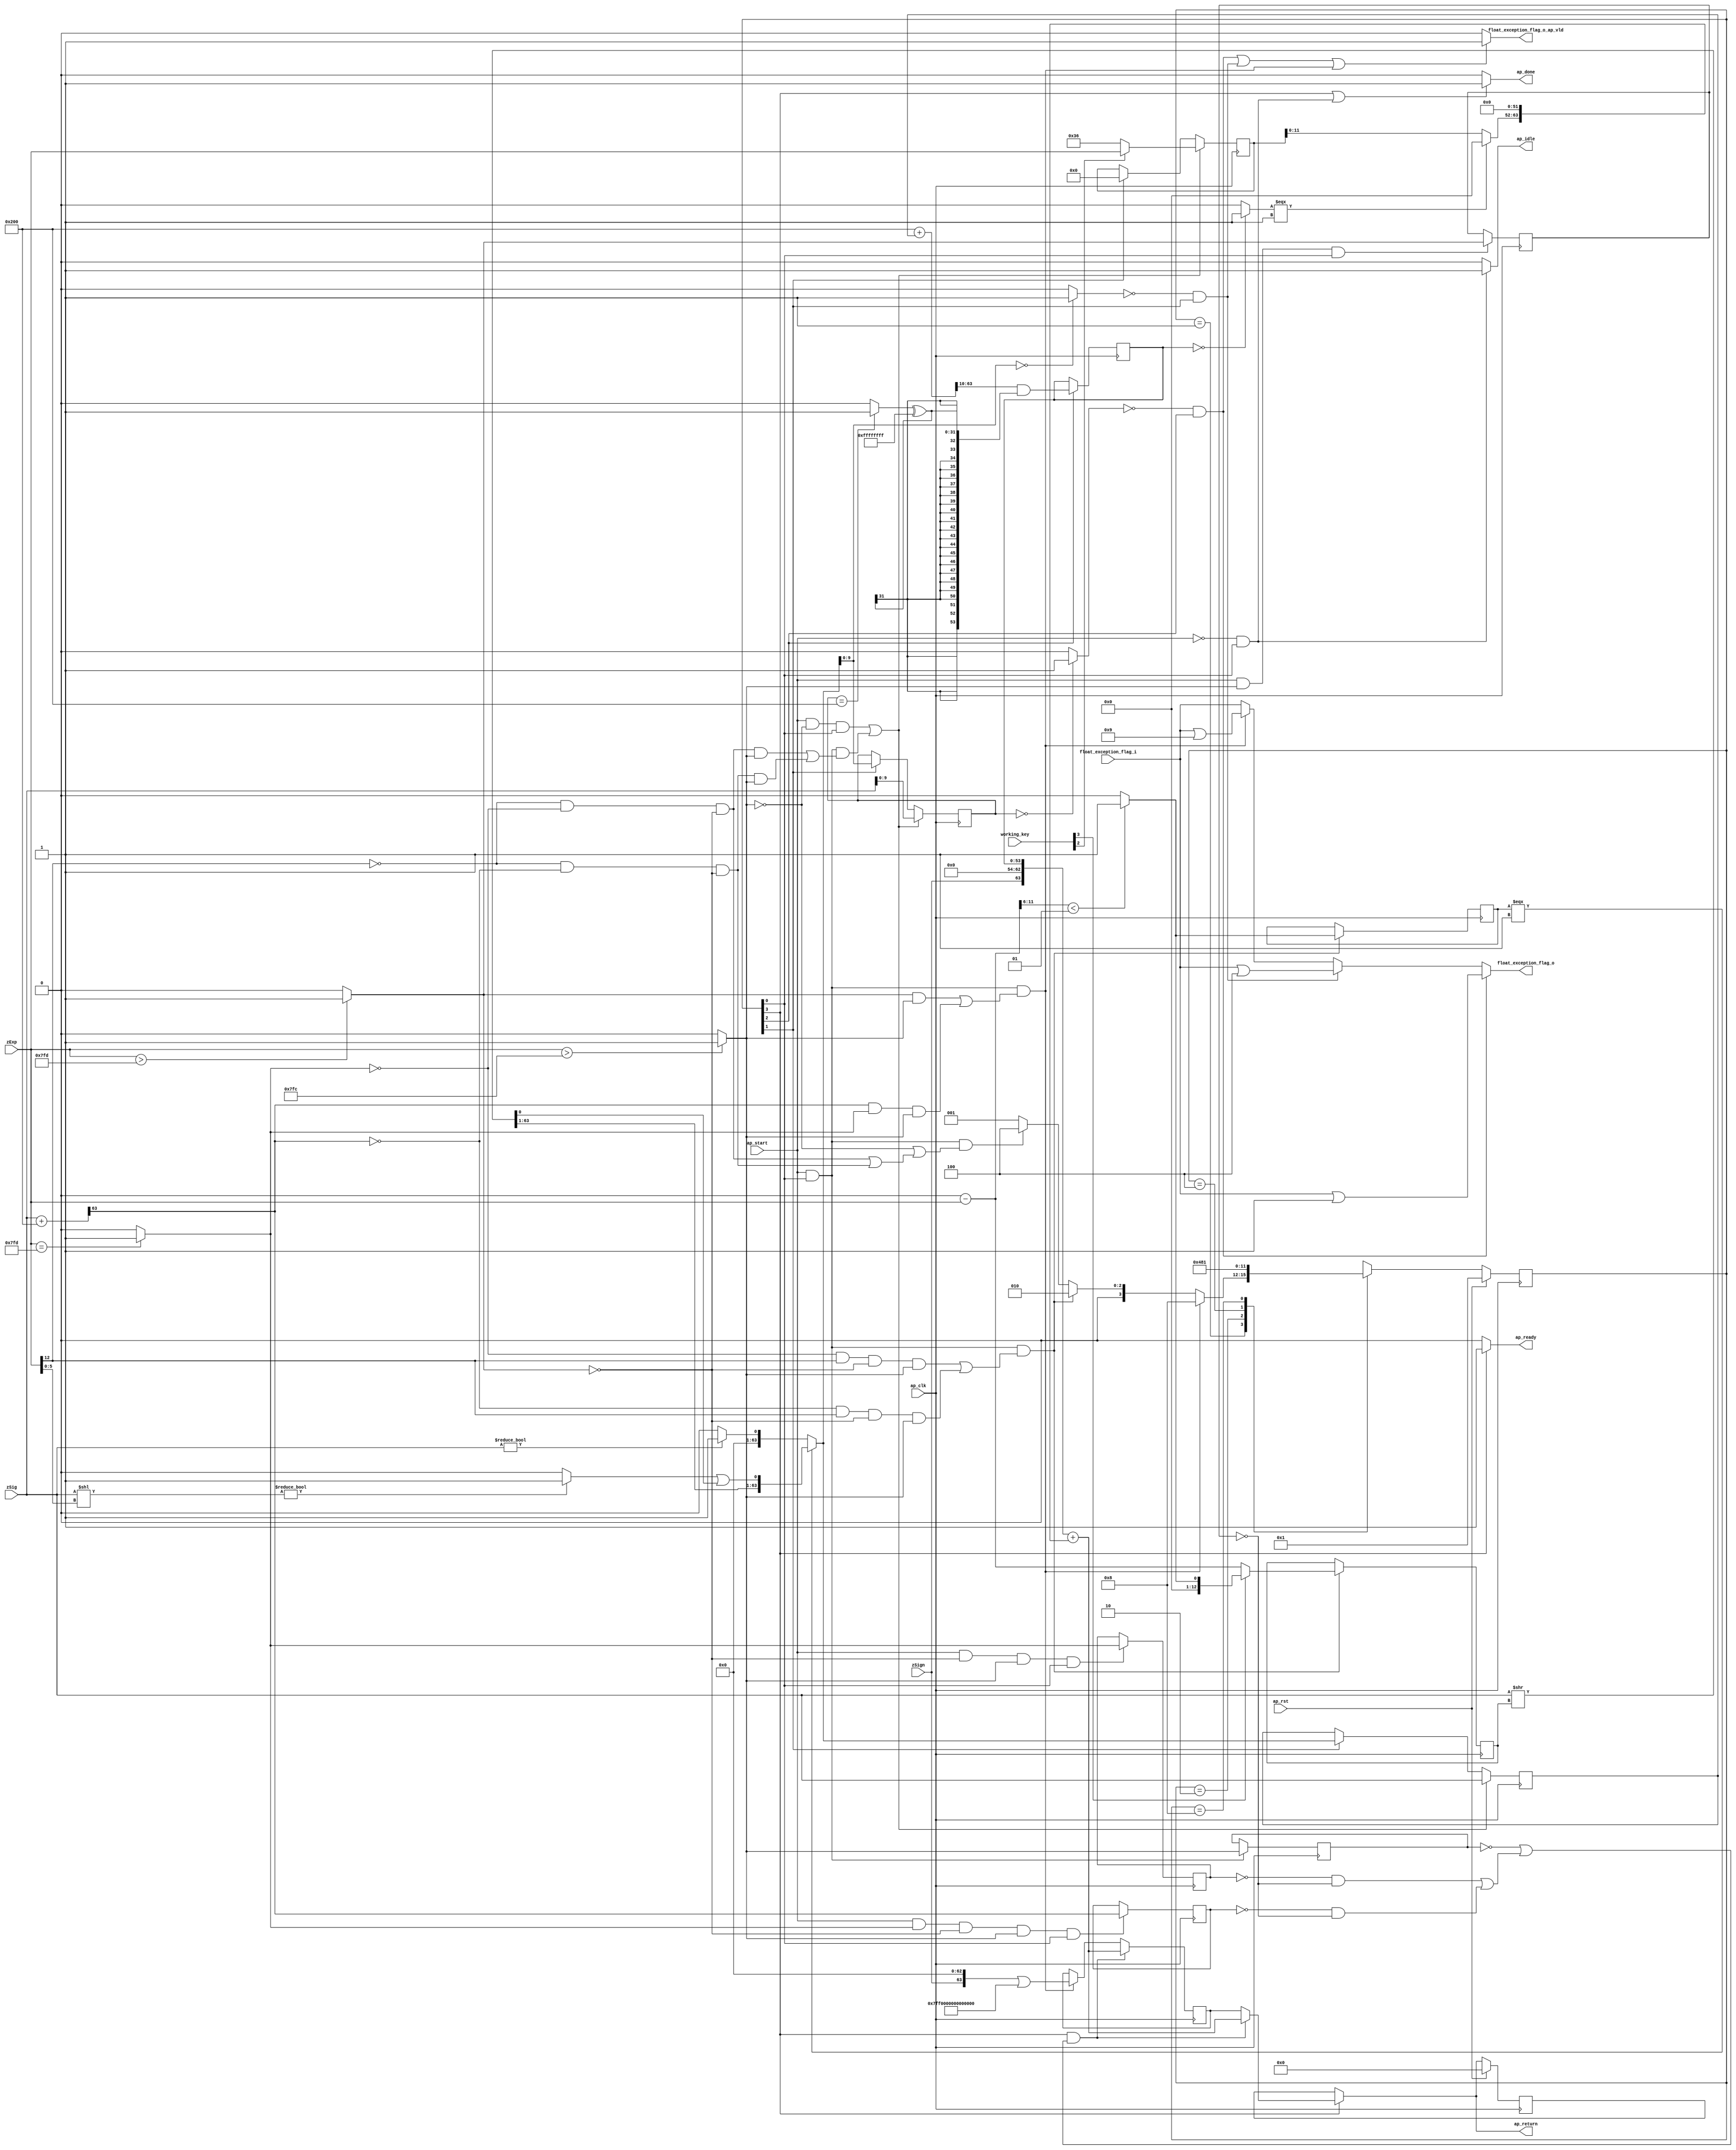
module roundAndPackFloat64 (
        ap_clk,
        ap_rst,
        ap_start,
        ap_done,
        ap_idle,
        ap_ready,
        zSign,
        zExp,
        zSig,
        float_exception_flag_i,
        float_exception_flag_o,
        float_exception_flag_o_ap_vld,
        ap_return,
        working_key
);

parameter    ap_ST_fsm_state1 = 4'd1;
parameter    ap_ST_fsm_state2 = 4'd2;
parameter    ap_ST_fsm_state3 = 4'd4;
parameter    ap_ST_fsm_state4 = 4'd8;

input [10:0] working_key;
input   ap_clk;
input   ap_rst;
input   ap_start;
output   ap_done;
output   ap_idle;
output   ap_ready;
input  [0:0] zSign;
input  [12:0] zExp;
input  [63:0] zSig;
input  [31:0] float_exception_flag_i;
output  [31:0] float_exception_flag_o;
output   float_exception_flag_o_ap_vld;
output  [63:0] ap_return;

reg ap_done;
reg ap_idle;
reg ap_ready;
reg[31:0] float_exception_flag_o;
reg float_exception_flag_o_ap_vld;
reg[63:0] ap_return;

(* fsm_encoding = "none" *) reg   [3:0] ap_CS_fsm;
wire    ap_CS_fsm_state1;
wire   [9:0] roundBits_fu_145_p1;
wire   [0:0] tmp_s_fu_149_p2;
reg   [0:0] tmp_s_reg_456;
wire   [0:0] tmp_1_fu_155_p2;
reg   [0:0] tmp_1_reg_460;
wire   [0:0] tmp_2_fu_161_p2;
reg   [0:0] tmp_2_reg_464;
wire   [0:0] tmp_fu_173_p3;
reg   [0:0] tmp_reg_468;
wire   [12:0] count_assign_fu_189_p2;
reg   [12:0] count_assign_reg_475;
wire   [0:0] tmp_6_fu_181_p3;
wire   [0:0] icmp_fu_205_p2;
reg   [0:0] icmp_reg_480;
wire   [63:0] tmp_34_i9_fu_231_p2;
wire   [63:0] z_2_fu_300_p3;
wire    ap_CS_fsm_state2;
wire   [9:0] roundBits_2_fu_307_p1;
wire   [53:0] zSig_assign_2_fu_383_p2;
reg   [53:0] zSig_assign_2_reg_506;
wire    ap_CS_fsm_state3;
reg   [63:0] zSig_assign1_reg_96;
reg   [12:0] zExp_assign_1_reg_107;
reg   [9:0] roundBits_1_reg_121;
reg   [63:0] ap_phi_mux_p_0_phi_fu_135_p4;
reg   [63:0] p_0_reg_132;
wire   [63:0] tmp_34_i8_fu_422_p2;
wire    ap_CS_fsm_state4;
wire   [0:0] tmp_3_fu_311_p2;
wire   [0:0] tmp_5_fu_329_p2;
wire   [31:0] float_exception_flag_2_fu_211_p2;
wire   [31:0] float_exception_flag_4_fu_317_p2;
wire   [31:0] tmp_8_fu_335_p2;
wire   [63:0] tmp_4_fu_167_p2;
wire   [5:0] tmp_7_fu_195_p4;
wire   [63:0] tmp_i_fu_223_p3;
wire   [63:0] tmp_6_i_fu_237_p1;
wire   [5:0] tmp_15_fu_245_p1;
wire   [63:0] tmp_i3_fu_248_p1;
wire   [63:0] tmp_1_i_fu_252_p2;
wire   [63:0] tmp_7_i_fu_240_p2;
wire   [0:0] tmp_16_fu_263_p1;
wire   [0:0] tmp_2_i_fu_257_p2;
wire   [62:0] tmp_11_i_fu_273_p4;
wire   [0:0] tmp_10_i_fu_267_p2;
wire   [0:0] tmp_4_i_fu_291_p2;
wire   [63:0] z_fu_283_p3;
wire   [63:0] z_1_fu_296_p1;
wire   [63:0] tmp_9_fu_347_p2;
wire   [0:0] tmp_10_fu_363_p2;
wire   [31:0] tmp_11_fu_369_p1;
wire   [31:0] tmp_12_fu_373_p2;
wire   [53:0] zSig_assign_1_cast_fu_353_p4;
wire  signed [53:0] tmp_17_cast_fu_379_p1;
wire   [0:0] tmp_13_fu_389_p2;
wire   [11:0] tmp_18_fu_394_p1;
wire   [11:0] tmp_14_fu_398_p3;
wire   [63:0] tmp_33_i_fu_414_p4;
wire   [63:0] tmp_32_i_fu_406_p3;
reg   [63:0] ap_return_preg;
reg   [3:0] ap_NS_fsm;

// power-on initialization
initial begin
#0 ap_CS_fsm = 4'd1;
#0 ap_return_preg = 64'd0;
end

always @ (posedge ap_clk) begin
    if (ap_rst == 1'b1) begin
        ap_CS_fsm <= ap_ST_fsm_state1;
    end else begin
        ap_CS_fsm <= ap_NS_fsm;
    end
end

always @ (posedge ap_clk) begin
    if (ap_rst == 1'b1) begin
        ap_return_preg <= 64'd0;
    end else begin
        if ((1'b1 == ap_CS_fsm_state4)) begin
            ap_return_preg <= ap_phi_mux_p_0_phi_fu_135_p4;
        end
    end
end

always @ (posedge ap_clk) begin
    if (((1'b1 == ap_CS_fsm_state4) & ((tmp_s_reg_456 == 1'd0) | (((tmp_2_reg_464 == 1'd0) & (tmp_1_reg_460 == 1'd0)) | ((tmp_reg_468 == 1'd0) & (tmp_1_reg_460 == 1'd0)))))) begin
        p_0_reg_132 <= tmp_34_i8_fu_422_p2;
    end else if (((ap_start == 1'b1) & (1'b1 == ap_CS_fsm_state1) & (((tmp_1_fu_155_p2 == 1'd1) & (tmp_s_fu_149_p2 == 1'd1)) | ((tmp_fu_173_p3 == 1'd1) & (tmp_2_fu_161_p2 == 1'd1) & (tmp_s_fu_149_p2 == 1'd1))))) begin
        p_0_reg_132 <= tmp_34_i9_fu_231_p2;
    end
end

always @ (posedge ap_clk) begin
    if ((((ap_start == 1'b1) & (tmp_s_fu_149_p2 == 1'd0) & (1'b1 == ap_CS_fsm_state1)) | ((ap_start == 1'b1) & (1'b1 == ap_CS_fsm_state1) & (((tmp_6_fu_181_p3 == 1'd0) & (tmp_2_fu_161_p2 == 1'd0) & (tmp_1_fu_155_p2 == 1'd0) & (tmp_s_fu_149_p2 == 1'd1)) | ((tmp_6_fu_181_p3 == 1'd0) & (tmp_fu_173_p3 == 1'd0) & (tmp_1_fu_155_p2 == 1'd0) & (tmp_s_fu_149_p2 == 1'd1)))))) begin
        roundBits_1_reg_121 <= roundBits_fu_145_p1;
    end else if ((1'b1 == ap_CS_fsm_state2)) begin
        roundBits_1_reg_121 <= roundBits_2_fu_307_p1;
    end
end

always @ (posedge ap_clk) begin
    if ((((ap_start == 1'b1) & (tmp_s_fu_149_p2 == 1'd0) & (1'b1 == ap_CS_fsm_state1)) | ((ap_start == 1'b1) & (1'b1 == ap_CS_fsm_state1) & (((tmp_6_fu_181_p3 == 1'd0) & (tmp_2_fu_161_p2 == 1'd0) & (tmp_1_fu_155_p2 == 1'd0) & (tmp_s_fu_149_p2 == 1'd1)) | ((tmp_6_fu_181_p3 == 1'd0) & (tmp_fu_173_p3 == 1'd0) & (tmp_1_fu_155_p2 == 1'd0) & (tmp_s_fu_149_p2 == 1'd1)))))) begin
       if(working_key[2] == 1'b01) begin
        zExp_assign_1_reg_107 <= zExp;
       end
       else begin
         zExp_assign_1_reg_107 = 13'd54;
       end 
    end else if ((1'b1 == ap_CS_fsm_state2)) begin
        zExp_assign_1_reg_107 <= 13'd0;
    end
end

always @ (posedge ap_clk) begin
    if ((((ap_start == 1'b1) & (tmp_s_fu_149_p2 == 1'd0) & (1'b1 == ap_CS_fsm_state1)) | ((ap_start == 1'b1) & (1'b1 == ap_CS_fsm_state1) & (((tmp_6_fu_181_p3 == 1'd0) & (tmp_2_fu_161_p2 == 1'd0) & (tmp_1_fu_155_p2 == 1'd0) & (tmp_s_fu_149_p2 == 1'd1)) | ((tmp_6_fu_181_p3 == 1'd0) & (tmp_fu_173_p3 == 1'd0) & (tmp_1_fu_155_p2 == 1'd0) & (tmp_s_fu_149_p2 == 1'd1)))))) begin
        zSig_assign1_reg_96 <= zSig;
    end else if ((1'b1 == ap_CS_fsm_state2)) begin
        zSig_assign1_reg_96 <= z_2_fu_300_p3;
    end
end

always @ (posedge ap_clk) begin
    if (((ap_start == 1'b1) & (1'b1 == ap_CS_fsm_state1) & (((tmp_2_fu_161_p2 == 1'd0) & (tmp_6_fu_181_p3 == 1'd1) & (tmp_1_fu_155_p2 == 1'd0) & (tmp_s_fu_149_p2 == 1'd1)) | ((tmp_fu_173_p3 == 1'd0) & (tmp_6_fu_181_p3 == 1'd1) & (tmp_1_fu_155_p2 == 1'd0) & (tmp_s_fu_149_p2 == 1'd1))))) begin
       if(working_key[3] == 1'b0) begin 
         count_assign_reg_475 <= count_assign_fu_189_p2;
       end
       else begin
         count_assign_reg_475 <= icmp_fu_205_p2;
       end  
        icmp_reg_480 <= icmp_fu_205_p2;
    end
end

always @ (posedge ap_clk) begin
    if (((ap_start == 1'b1) & (tmp_s_fu_149_p2 == 1'd1) & (1'b1 == ap_CS_fsm_state1))) begin
        tmp_1_reg_460 <= tmp_1_fu_155_p2;
    end
end

always @ (posedge ap_clk) begin
    if (((ap_start == 1'b1) & (tmp_1_fu_155_p2 == 1'd0) & (tmp_s_fu_149_p2 == 1'd1) & (1'b1 == ap_CS_fsm_state1))) begin
        tmp_2_reg_464 <= tmp_2_fu_161_p2;
    end
end

always @ (posedge ap_clk) begin
    if (((ap_start == 1'b1) & (tmp_2_fu_161_p2 == 1'd1) & (tmp_1_fu_155_p2 == 1'd0) & (tmp_s_fu_149_p2 == 1'd1) & (1'b1 == ap_CS_fsm_state1))) begin
        tmp_reg_468 <= tmp_4_fu_167_p2[32'd63];
    end
end

always @ (posedge ap_clk) begin
    if (((ap_start == 1'b1) & (1'b1 == ap_CS_fsm_state1))) begin
        tmp_s_reg_456 <= tmp_s_fu_149_p2;
    end
end

always @ (posedge ap_clk) begin
    if ((1'b1 == ap_CS_fsm_state3)) begin
        zSig_assign_2_reg_506 <= zSig_assign_2_fu_383_p2;
    end
end

always @ (*) begin
    if (((1'b1 == ap_CS_fsm_state4) | ((ap_start == 1'b0) & (1'b1 == ap_CS_fsm_state1)))) begin
        ap_done = 1'b1;
    end else begin
        ap_done = 1'b0;
    end
end

always @ (*) begin
    if (((ap_start == 1'b0) & (1'b1 == ap_CS_fsm_state1))) begin
        ap_idle = 1'b1;
    end else begin
        ap_idle = 1'b0;
    end
end

always @ (*) begin
    if (((1'b1 == ap_CS_fsm_state4) & ((tmp_s_reg_456 == 1'd0) | (((tmp_2_reg_464 == 1'd0) & (tmp_1_reg_460 == 1'd0)) | ((tmp_reg_468 == 1'd0) & (tmp_1_reg_460 == 1'd0)))))) begin
        ap_phi_mux_p_0_phi_fu_135_p4 = tmp_34_i8_fu_422_p2;
    end else begin
        ap_phi_mux_p_0_phi_fu_135_p4 = p_0_reg_132;
    end
end

always @ (*) begin
    if ((1'b1 == ap_CS_fsm_state4)) begin
        ap_ready = 1'b1;
    end else begin
        ap_ready = 1'b0;
    end
end

always @ (*) begin
    if ((1'b1 == ap_CS_fsm_state4)) begin
        ap_return = ap_phi_mux_p_0_phi_fu_135_p4;
    end else begin
        ap_return = ap_return_preg;
    end
end

always @ (*) begin
    if (((tmp_5_fu_329_p2 == 1'd0) & (1'b1 == ap_CS_fsm_state3))) begin
        float_exception_flag_o = tmp_8_fu_335_p2;
    end else if (((tmp_3_fu_311_p2 == 1'd0) & (1'b1 == ap_CS_fsm_state2))) begin
        float_exception_flag_o = float_exception_flag_4_fu_317_p2;
    end else if (((ap_start == 1'b1) & (1'b1 == ap_CS_fsm_state1) & (((tmp_1_fu_155_p2 == 1'd1) & (tmp_s_fu_149_p2 == 1'd1)) | ((tmp_fu_173_p3 == 1'd1) & (tmp_2_fu_161_p2 == 1'd1) & (tmp_s_fu_149_p2 == 1'd1))))) begin
        float_exception_flag_o = float_exception_flag_2_fu_211_p2;
    end else begin
        float_exception_flag_o = float_exception_flag_i;
    end
end

always @ (*) begin
    if ((((tmp_5_fu_329_p2 == 1'd0) & (1'b1 == ap_CS_fsm_state3)) | ((tmp_3_fu_311_p2 == 1'd0) & (1'b1 == ap_CS_fsm_state2)) | ((ap_start == 1'b1) & (1'b1 == ap_CS_fsm_state1) & (((tmp_1_fu_155_p2 == 1'd1) & (tmp_s_fu_149_p2 == 1'd1)) | ((tmp_fu_173_p3 == 1'd1) & (tmp_2_fu_161_p2 == 1'd1) & (tmp_s_fu_149_p2 == 1'd1)))))) begin
        float_exception_flag_o_ap_vld = 1'b1;
    end else begin
        float_exception_flag_o_ap_vld = 1'b0;
    end
end

always @ (*) begin
    case (ap_CS_fsm)
        ap_ST_fsm_state1 : begin
            if (((ap_start == 1'b1) & (1'b1 == ap_CS_fsm_state1) & (((tmp_1_fu_155_p2 == 1'd1) & (tmp_s_fu_149_p2 == 1'd1)) | ((tmp_fu_173_p3 == 1'd1) & (tmp_2_fu_161_p2 == 1'd1) & (tmp_s_fu_149_p2 == 1'd1))))) begin
                ap_NS_fsm = ap_ST_fsm_state4;
            end else if (((ap_start == 1'b1) & (1'b1 == ap_CS_fsm_state1) & (((tmp_2_fu_161_p2 == 1'd0) & (tmp_6_fu_181_p3 == 1'd1) & (tmp_1_fu_155_p2 == 1'd0) & (tmp_s_fu_149_p2 == 1'd1)) | ((tmp_fu_173_p3 == 1'd0) & (tmp_6_fu_181_p3 == 1'd1) & (tmp_1_fu_155_p2 == 1'd0) & (tmp_s_fu_149_p2 == 1'd1))))) begin
                ap_NS_fsm = ap_ST_fsm_state2;
            end else if (((ap_start == 1'b1) & (1'b1 == ap_CS_fsm_state1) & ((tmp_s_fu_149_p2 == 1'd0) | (((tmp_6_fu_181_p3 == 1'd0) & (tmp_2_fu_161_p2 == 1'd0) & (tmp_1_fu_155_p2 == 1'd0)) | ((tmp_6_fu_181_p3 == 1'd0) & (tmp_fu_173_p3 == 1'd0) & (tmp_1_fu_155_p2 == 1'd0)))))) begin
                ap_NS_fsm = ap_ST_fsm_state3;
            end else begin
                ap_NS_fsm = ap_ST_fsm_state1;
            end
        end
        ap_ST_fsm_state2 : begin
            ap_NS_fsm = ap_ST_fsm_state3;
        end
        ap_ST_fsm_state3 : begin
            ap_NS_fsm = ap_ST_fsm_state4;
        end
        ap_ST_fsm_state4 : begin
            ap_NS_fsm = ap_ST_fsm_state1;
        end
        default : begin
            ap_NS_fsm = 'bx;
        end
    endcase
end

assign ap_CS_fsm_state1 = ap_CS_fsm[32'd0];

assign ap_CS_fsm_state2 = ap_CS_fsm[32'd1];

assign ap_CS_fsm_state3 = ap_CS_fsm[32'd2];

assign ap_CS_fsm_state4 = ap_CS_fsm[32'd3];

assign count_assign_fu_189_p2 = (13'd0 - zExp);

assign float_exception_flag_2_fu_211_p2 = (float_exception_flag_i | 32'd9);

assign float_exception_flag_4_fu_317_p2 = (float_exception_flag_i | 32'd4);

assign icmp_fu_205_p2 = (($signed(tmp_7_fu_195_p4) < $signed(6'd1)) ? 1'b1 : 1'b0);

assign roundBits_2_fu_307_p1 = z_2_fu_300_p3[9:0];

assign roundBits_fu_145_p1 = zSig[9:0];

assign tmp_10_fu_363_p2 = ((roundBits_1_reg_121 == 10'd512) ? 1'b1 : 1'b0);

assign tmp_10_i_fu_267_p2 = (tmp_2_i_fu_257_p2 | tmp_16_fu_263_p1);

assign tmp_11_fu_369_p1 = tmp_10_fu_363_p2;

assign tmp_11_i_fu_273_p4 = {{tmp_7_i_fu_240_p2[63:1]}};

assign tmp_12_fu_373_p2 = (tmp_11_fu_369_p1 ^ 32'd4294967295);

assign tmp_13_fu_389_p2 = ((zSig_assign_2_reg_506 == 54'd0) ? 1'b1 : 1'b0);

assign tmp_14_fu_398_p3 = ((tmp_13_fu_389_p2[0:0] === 1'b1) ? 12'd0 : tmp_18_fu_394_p1);

assign tmp_15_fu_245_p1 = zExp[5:0];

assign tmp_16_fu_263_p1 = tmp_7_i_fu_240_p2[0:0];

assign tmp_17_cast_fu_379_p1 = $signed(tmp_12_fu_373_p2);

assign tmp_18_fu_394_p1 = zExp_assign_1_reg_107[11:0];

assign tmp_1_fu_155_p2 = (($signed(zExp) > $signed(13'd2045)) ? 1'b1 : 1'b0);

assign tmp_1_i_fu_252_p2 = zSig << tmp_i3_fu_248_p1;

assign tmp_2_fu_161_p2 = ((zExp == 13'd2045) ? 1'b1 : 1'b0);

assign tmp_2_i_fu_257_p2 = ((tmp_1_i_fu_252_p2 != 64'd0) ? 1'b1 : 1'b0);

assign tmp_32_i_fu_406_p3 = {{tmp_14_fu_398_p3}, {52'd0}};

assign tmp_33_i_fu_414_p4 = {{{zSign}, {9'd0}}, {zSig_assign_2_reg_506}};

assign tmp_34_i8_fu_422_p2 = (tmp_33_i_fu_414_p4 + tmp_32_i_fu_406_p3);

assign tmp_34_i9_fu_231_p2 = (tmp_i_fu_223_p3 | 64'd9218868437227405312);

assign tmp_3_fu_311_p2 = ((roundBits_2_fu_307_p1 == 10'd0) ? 1'b1 : 1'b0);

assign tmp_4_fu_167_p2 = (zSig + 64'd512);

assign tmp_4_i_fu_291_p2 = ((zSig != 64'd0) ? 1'b1 : 1'b0);

assign tmp_5_fu_329_p2 = ((roundBits_1_reg_121 == 10'd0) ? 1'b1 : 1'b0);

assign tmp_6_fu_181_p3 = zExp[32'd12];

assign tmp_6_i_fu_237_p1 = count_assign_reg_475;

assign tmp_7_fu_195_p4 = {{count_assign_fu_189_p2[11:6]}};

assign tmp_7_i_fu_240_p2 = zSig >> tmp_6_i_fu_237_p1;

assign tmp_8_fu_335_p2 = (float_exception_flag_i | 32'd1);

assign tmp_9_fu_347_p2 = (64'd512 + zSig_assign1_reg_96);

assign tmp_fu_173_p3 = tmp_4_fu_167_p2[32'd63];

assign tmp_i3_fu_248_p1 = tmp_15_fu_245_p1;

assign tmp_i_fu_223_p3 = {{zSign}, {63'd0}};

assign tmp_s_fu_149_p2 = ((zExp > 13'd2044) ? 1'b1 : 1'b0);

assign zSig_assign_1_cast_fu_353_p4 = {{tmp_9_fu_347_p2[63:10]}};

assign zSig_assign_2_fu_383_p2 = (zSig_assign_1_cast_fu_353_p4 & tmp_17_cast_fu_379_p1);

assign z_1_fu_296_p1 = tmp_4_i_fu_291_p2;

assign z_2_fu_300_p3 = ((icmp_reg_480[0:0] === 1'b1) ? z_fu_283_p3 : z_1_fu_296_p1);

assign z_fu_283_p3 = {{tmp_11_i_fu_273_p4}, {tmp_10_i_fu_267_p2}};

endmodule